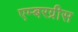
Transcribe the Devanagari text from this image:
एम्बरग्रीस